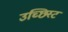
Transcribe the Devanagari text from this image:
उच्छिस्ट